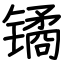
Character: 𫔎